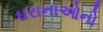
ઘરાનાઓનો